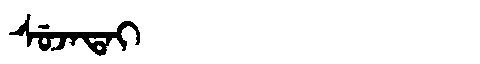
Manchu: ᠰᡠᠵᠠᡨᠠᡳ
Romanization: SUJATAI